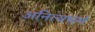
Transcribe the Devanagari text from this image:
अनित्यधर्म